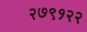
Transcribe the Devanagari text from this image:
२७९१२२